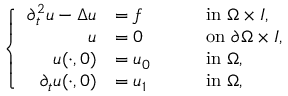
\left\{ \begin{array} { r l r l } { \partial _ { t } ^ { 2 } u - \Delta u } & { = f \quad } & & { \mathrm { i n } ~ \Omega \times I , } \\ { u } & { = 0 \quad } & & { \mathrm { o n } ~ \partial \Omega \times I , } \\ { u ( \cdot , 0 ) } & { = u _ { 0 } \quad } & & { \mathrm { i n } ~ \Omega , } \\ { \partial _ { t } u ( \cdot , 0 ) } & { = u _ { 1 } \quad } & & { \mathrm { i n } ~ \Omega , } \end{array} \right.